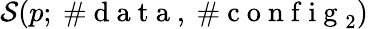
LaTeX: \mathcal{S}(p;\mathrm{{~\# ~d~a~t~a~}},\mathrm{{~\# ~c~o~n~f~i~g~}}_{2})